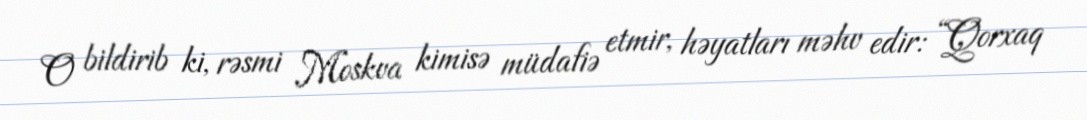
O bildirib ki, rəsmi Moskva kimisə müdafiə etmir, həyatları məhv edir: “Qorxaq